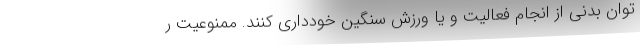
توان بدنی از انجام فعالیت و یا ورزش سنگین خودداری کنند. ممنوعیت ر